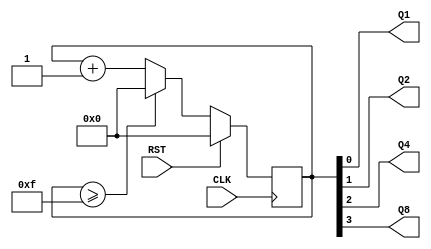
module test_counter(
	input RST, CLK,
	output Q1, Q2, Q4, Q8
	);

	reg [3:0] Q;
	
	
	

	always @(negedge CLK) begin
		if(RST) begin 
		Q = 4'b0000;
			end
		else begin
			if(Q >= 4'b1111) Q = 4'b0000;
			else Q = Q+1;
			end
	end

  assign {Q8, Q4, Q2, Q1} = Q;
		

endmodule